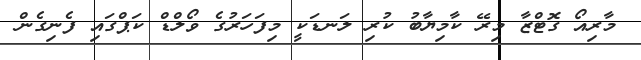
މާރިއޯ ގޮޓްޒާ މިރޭ ކާމިޔާބު ކުރި ލަނޑަކީ މިފަހަރުގެ ވޯލްޑް ކަޕްގައި ފެނިގެން